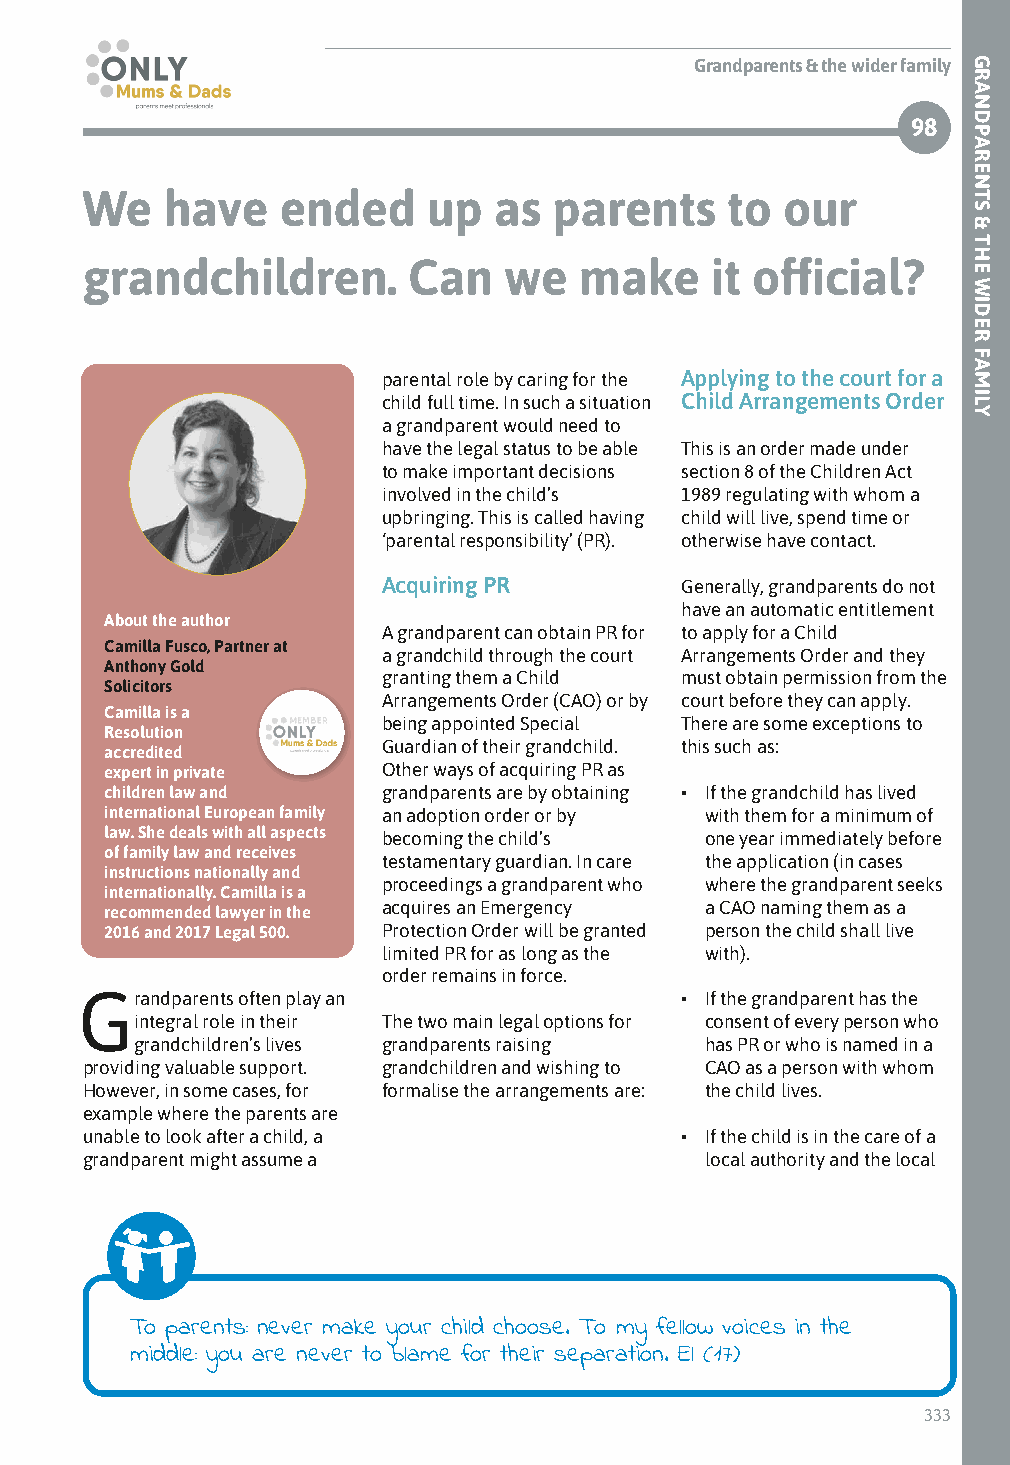
Grandparents & the wider family
 98
 We    have    ended    up   as  parents    to  our
 grandchildren.        Can   we   make     it official?
 parental role by caring for the Applying to the court for a
 child full time. In such a situation Child Arrangements Order
 a grandparent would need to
 have the legal status to be able This is an order made under
 to make important decisions section 8 of the Children Act
 involved in the child’s 1989 regulating with whom a
 upbringing. This is called having child will live, spend time or
 ‘parental responsibility’ (PR). otherwise have contact.
 Acquiring PR        Generally, grandparents do not
 have an automatic entitlement
 About the author
 A grandparent can obtain PR for to apply for a Child
 Camilla Fusco, Partner at
 a grandchild through the court Arrangements Order and they
 Anthony Gold
 granting them a Child must obtain permission from the
 Solicitors
 Arrangements Order (CAO) or by court before they can apply.
 Camilla is a
 being appointed Special There are some exceptions to
 Resolution
 Guardian of their grandchild. this such as:
 accredited
 expert in private Other ways of acquiring PR as
 children law and  grandparents are by obtaining • If the grandchild has lived
 international European family an adoption order or by with them for a minimum of
 law. She deals with all aspects becoming the child’s one year immediately before
 of family law and receives
 testamentary guardian. In care the application (in cases
 instructions nationally and
 proceedings a grandparent who where the grandparent seeks
 internationally. Camilla is a
 acquires an Emergency a CAO naming them as a
 recommended lawyer in the
 2016 and 2017 Legal 500. Protection Order will be granted person the child shall live
 limited PR for as long as the with).
 order remains in force.
 Grandparents often play an              • If the grandparent has the
 integral role in their The two main legal options for consent of every person who
 grandchildren’s lives grandparents raising has PR or who is named in a
 providing valuable support. grandchildren and wishing to CAO as a person with whom
 However, in some cases, for formalise the arrangements are: the child lives.
 example where the parents are
 unable to look after a child, a         • If the child is in the care of a
 grandparent might assume a                local authority and the local
 To parents: never make your child choose. To my fellow voices in the
 middle: you are never to blame for their separation. El (17)
 333
 GRANDPARENTS
 &
 THE
 WIDER
 FAMILY